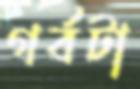
গর্বটা